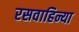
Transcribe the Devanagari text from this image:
रसवाहिन्या